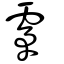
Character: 雺